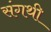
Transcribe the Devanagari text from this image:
संगथी